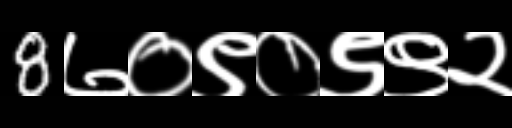
Text: 8७०९०९९२